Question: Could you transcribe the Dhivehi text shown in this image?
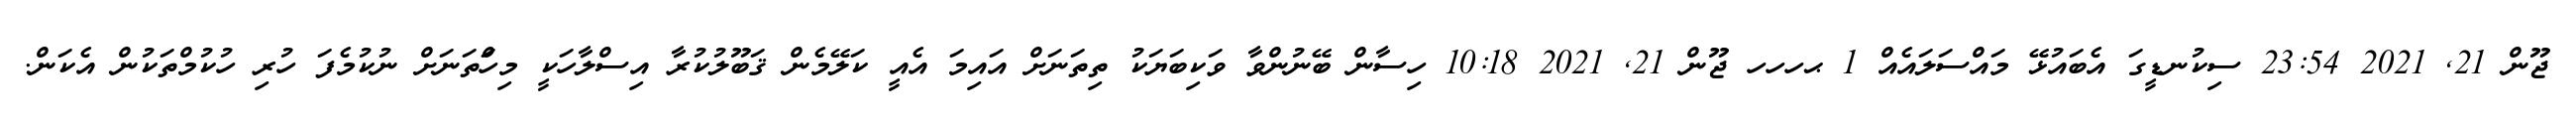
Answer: ޖޫން 21, 2021 23:54 ސިކުނޑީގަ އެބައުޅޭ މައްސަލައެއް 1 ޙހހހ ޖޫން 21, 2021 10:18 ހިސާން ބޭނުންވާ ވަކިބަޔަކު ތިތަނަށް އައިމަ އެއީ ކަލޭމެން ޤަބޫލުކުރާ އިސްލާހަކީ މިހަްތަނަށް ނުކުމެފަ ހުރި ހުކުމްތަކުން އެކަން.